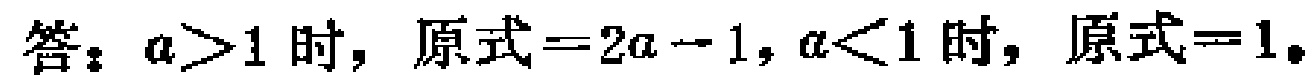
答：$a>1$ 时，原式$=2a - 1$，$a<1$ 时，原式$=1$。